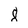
Character: 8